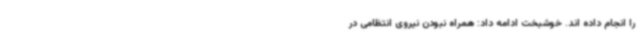
را انجام داده اند. خوشبخت ادامه داد: همراه نبودن نیروی انتظامی در